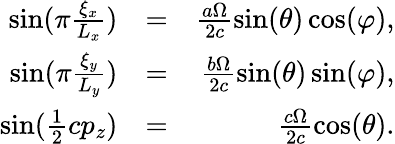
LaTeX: \begin{array}{rlr}{\sin(\pi\frac{\xi_{x}}{L_{x}})}&{=}&{\frac{a\Omega}{2c}\sin(\theta)\cos(\varphi),}\\ {\sin(\pi\frac{\xi_{y}}{L_{y}})}&{=}&{\frac{b\Omega}{2c}\sin(\theta)\sin(\varphi),}\\ {\sin(\frac{1}{2}cp_{z})}&{=}&{\frac{c\Omega}{2c}\cos(\theta).}\end{array}